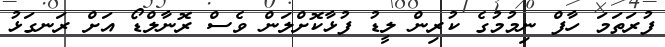
ފުރަތަމަ ހާފް ނިމުމުގެ ކުރިން ލީޑު ފުޅާކޮށްލަން ވެސް ރޮނާލްޑޯ އަށް ރަނގަޅު